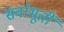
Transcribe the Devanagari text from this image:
सर्वाभूतीं